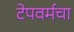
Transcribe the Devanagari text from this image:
टेपवर्मचा